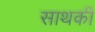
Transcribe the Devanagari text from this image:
साथकी